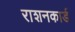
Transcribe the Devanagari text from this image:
राशनकार्ड